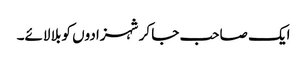
ایک صاحب جا کر شہزادوں کو بلا لائے۔